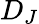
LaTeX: D_{J}